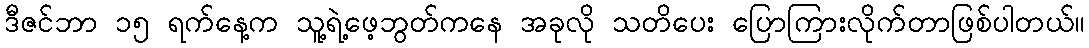
ဒီဇင်ဘာ ၁၅ ရက်နေ့က သူ့ရဲ့ဖေ့ဘွတ်ကနေ အခုလို သတိပေး ပြောကြားလိုက်တာဖြစ်ပါတယ်။